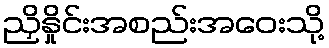
ညှိနှိုင်းအစည်းအဝေးသို့